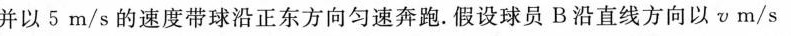
并以5m/s的速度带球沿正东方向匀速奔跑。假设球员B沿直线方向以μm/s